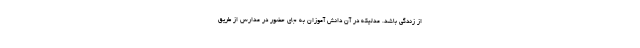
از زندگی باشد. مدلیکه در آن دانش آموزان به جای حضور در مدارس از طریق